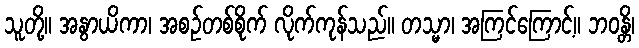
သူတို့။ အနွာယိကာ၊ အစဉ်တစ်စိုက် လိုက်ကုန်သည်။ တသ္မာ၊ အကြင်ကြောင့်။ ဘဝန္တိ၊